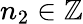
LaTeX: n_{2}\in\mathbb{Z}